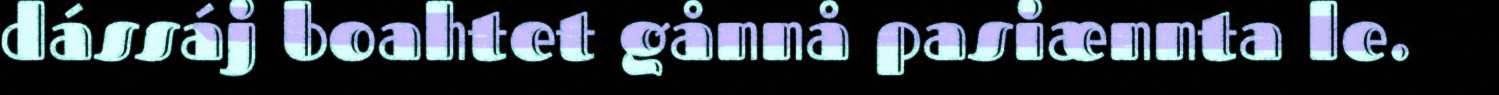
dássáj boahtet gånnå pasiænnta le.